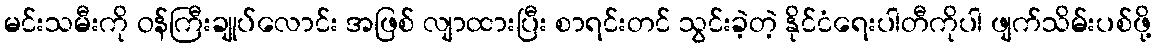
မင်းသမီးကို ဝန်ကြီးချုပ်လောင်း အဖြစ် လျာထားပြီး စာရင်းတင် သွင်းခဲ့တဲ့ နိုင်ငံရေးပါတီကိုပါ ဖျက်သိမ်းပစ်ဖို့